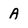
Character: A